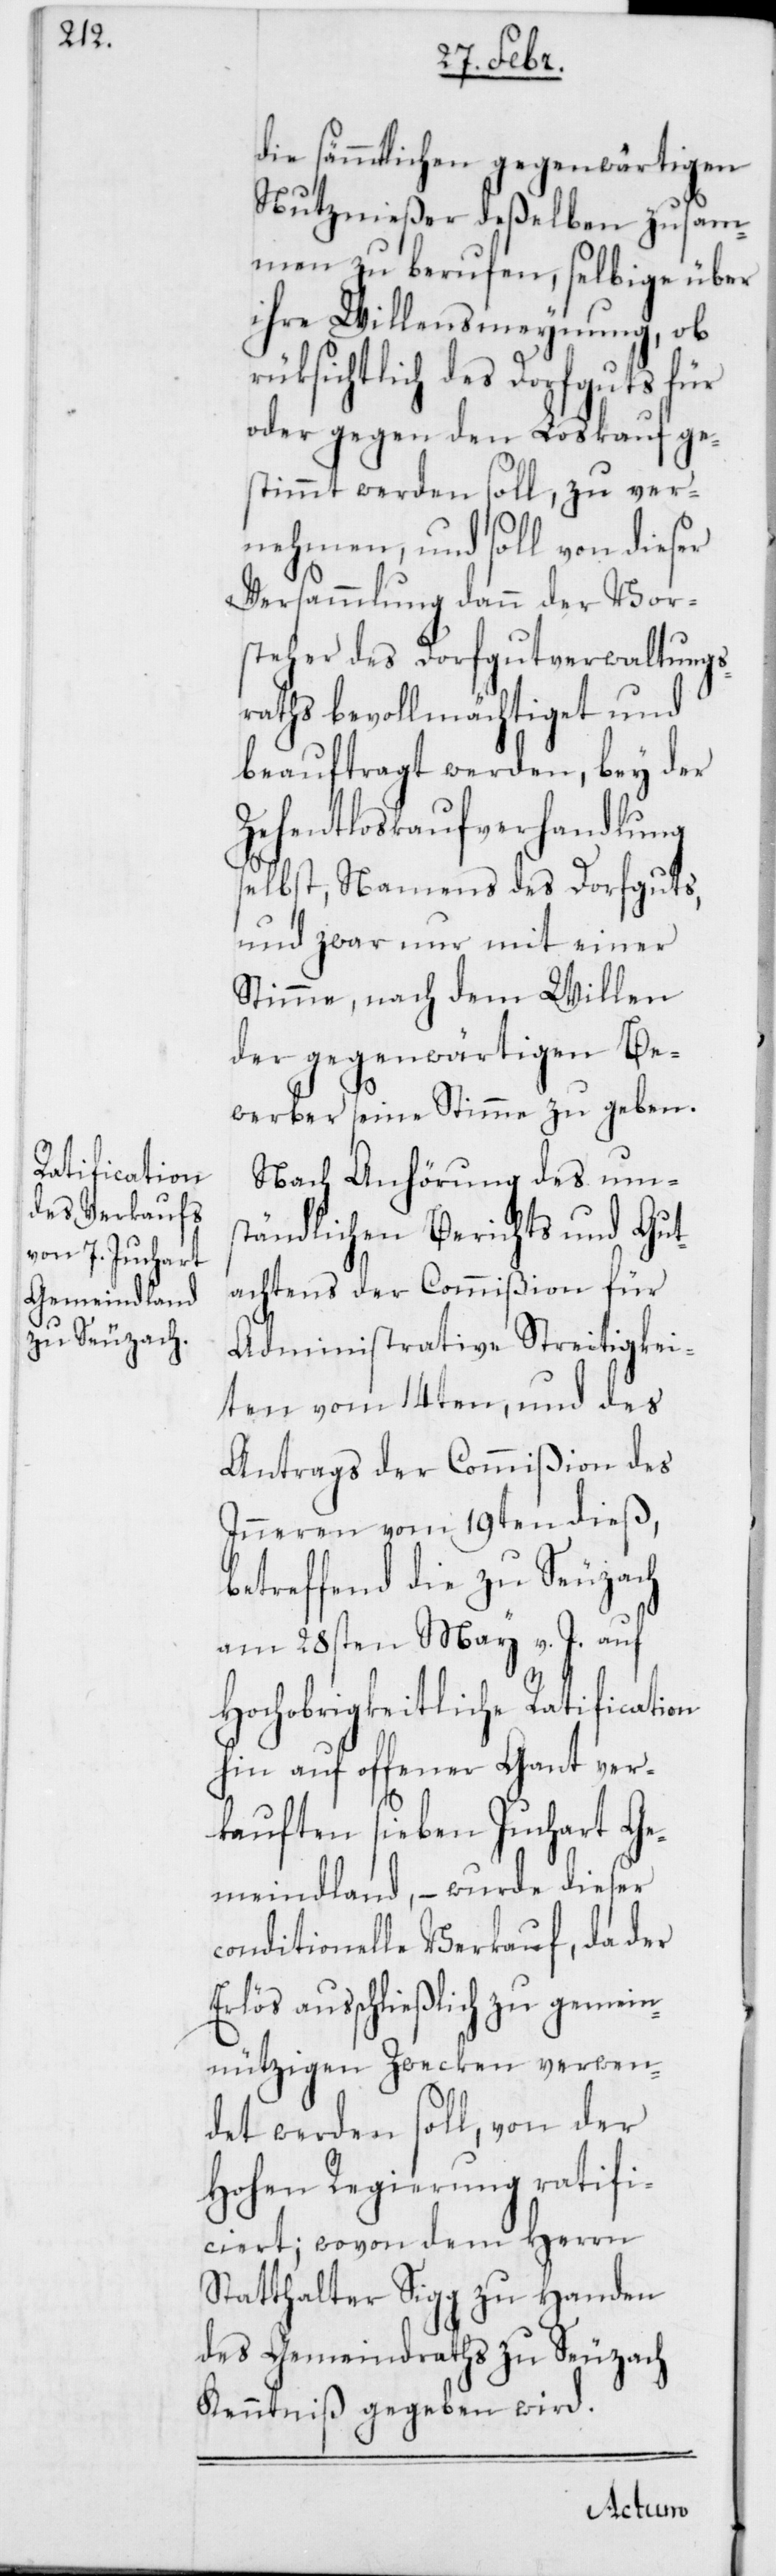
die sämmtlichen gegenwärtigen
Nutznießer deßelben zusam¬
men zu berufen, selbige über
ihre Willensmeynung, ob
rüksichtlich des Dorfguts für
oder gegen den Loskauf ge¬
stimmt werden soll, zu ver¬
nehmen, und soll von dieser
Versammlung dann der Vor¬
steher des Dorfgutverwaltungs¬
raths bevollmächtiget und
beauftragt werden, bey der
Zehentloskaufverhandlung
selbst, Namens des Dorfguts,
und zwar nur mit einer
Stimme, nach dem Willen
der gegenwärtigen Be¬
werber seine Stimme zu geben.
Nach Anhörung des ums¬
tändlichen Berichts und Gut¬
achtens der Commißion für
Administrative Streitigkei¬
ten vom 14ten, und des
Antrags der Commißion des
Inneren vom 19ten dieß,
betreffend die zu Seuzach
am 28sten May v. J. auf
Hochobrigkeitliche Ratification
hin auf offener Gant ver¬
kauften sieben Juchart Ge¬
meindland, – wurde dieser
conditionelle Verkauf, da der
Erlös ausschließlich zu gemein¬
nützigen Zwecken verwen¬
det werden soll, von der
Hohen Regierung ratifi¬
ciert; wovon dem Herrn
Statthalter Sigg zu Handen
des Gemeindraths zu Seuzach
Kenntniß gegeben wird.